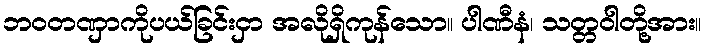
ဘဝတဏှာကိုပယ်ခြင်းငှာ အလိုရှိကုန်သော။ ပါဏီနံ၊ သတ္တဝါတို့အား။